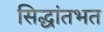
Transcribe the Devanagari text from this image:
सिद्धांतभत